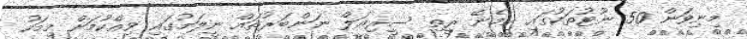
މިނިވަން 50 ނޫޓުތަކުގައި ހިމެނޭ ރީތި ސީިރިއަލް ނަންބަރުތައް ނީލަމުގައި ވިއްކުމަށް މިމަހު